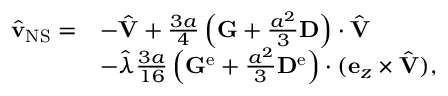
\begin{array} { r l } { \hat { \mathbf { v } } _ { \mathrm { N S } } = } & { - \hat { \mathbf { V } } + \frac { 3 a } { 4 } \left( \mathbf { G } + \frac { a ^ { 2 } } { 3 } \mathbf { D } \right) \cdot \hat { \mathbf { V } } } \\ & { - \hat { \lambda } \frac { 3 a } { 1 6 } \left( \mathbf { G } ^ { \mathrm { e } } + \frac { a ^ { 2 } } { 3 } \mathbf { D } ^ { \mathrm { e } } \right) \cdot ( \mathbf { e } _ { z } \times \hat { \mathbf { V } } ) , } \end{array}